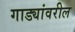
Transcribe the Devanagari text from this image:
गाड्यांवरील